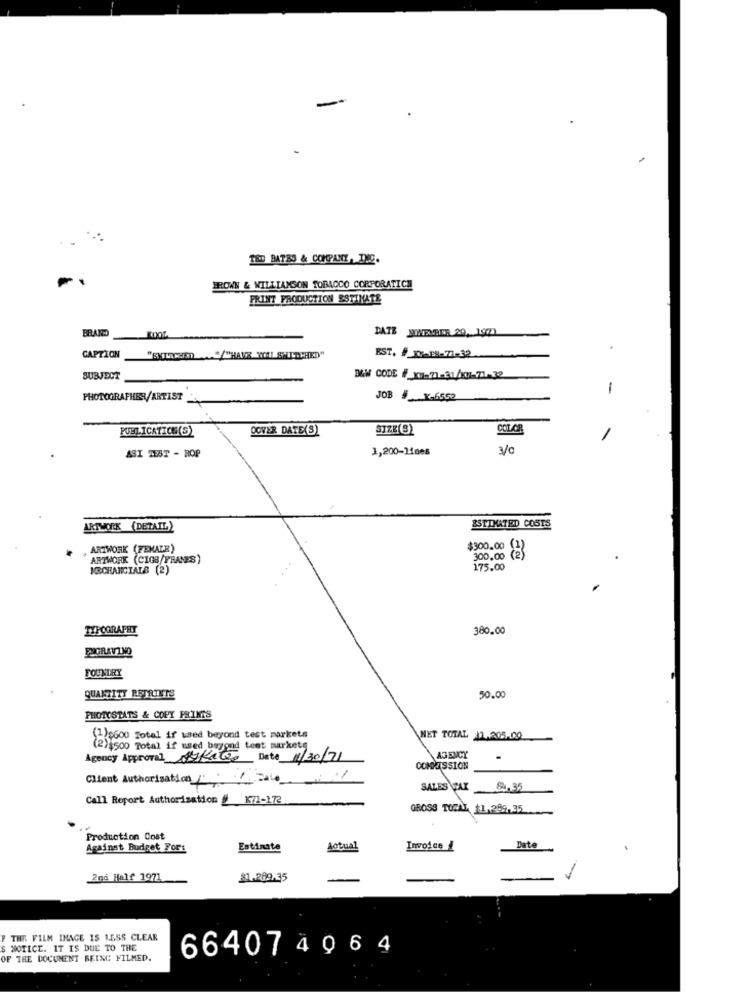
TED BATES & COMPANY, INC.
BROWN & WILLIAMSON TOBACCO CORPORATICE
PRINT PRODUCTION ESTIMATE
DATE JONENEINE 29, 1971
BRAND KOOL
CAPTION
EST. / PDY-P8-77-32
SUBJECT
D&W CODE #_x-Z1-21/Ki-71-32
-
PHOTOGRAPHER/ARTIST
JOB # x-6550
PUBLICATICE (S)
DOVER DATE(S)
SIZE(S)
COLOR
1,200-lines
3/0
ASI TEST - ROP
ARTWORK (DETAIL)
ESTIMATED COSTS
,ARTWORK (FEMALE)
$300.00
ARTWORK (CIGS/TRANES)
300.00
8
I&CHANCIALS (2)
175.00
TYPOGRAPHY
380.00
FLORAVINO
FOUNDRY
QUANTITY RETRIETS
50.00
PHOTOSTATS & COPY PRINTS
(1)9600 Total if used beyond test markets
NET TOTAL 11,205.00
(2)$500 Total if used beyond test markets
Agency Approval askie Date 1/30/71
AGENCY
.
COMMISSION
Client Authorisation//
SALES TAX 84.35
Call Report Authorization # K71-172
GROSS TOTAL $1. 289.35
Production Cost
Against Budget Fors
Estimate
Actual
Invoice
Date
2nd Half 1971
$1.299.35
F THE FILM IMAGE IS LESS CLEAR
S NOTICE. IT IS DUE TO THE
664074964
OF THE DOCUMENT BEING FILMED.